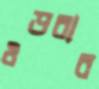
ওড়বার